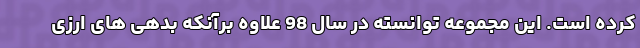
کرده است. این مجموعه توانسته در سال 98 علاوه برآنکه بدهی های ارزی